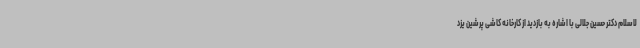
لاسلام دکتر حسین جلالی با اشاره به بازدید از کارخانه کاشی پرشین یزد